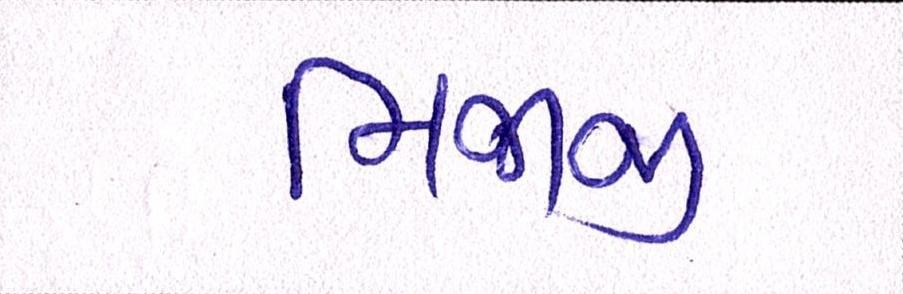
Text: મિજાજી